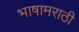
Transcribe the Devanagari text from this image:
भाषामराठी